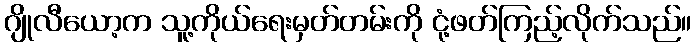
ဂျိုလီယော့က သူ့ကိုယ်ရေးမှတ်တမ်းကို ငုံ့ဖတ်ကြည့်လိုက်သည်။